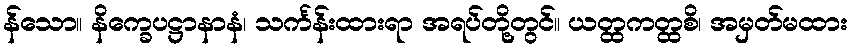
န်သော။ နိက္ခေပဋ္ဌာနာနံ၊ သင်္ကန်းထားရာ အရပ်တို့တွင်။ ယတ္ထကတ္ထစိ၊ အမှတ်မထား